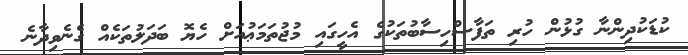
ކުޑަކުދިންނާ ގުޅުން ހުރި ތަފާސްހިސާބުތަކުގެ އެހީގައި މުޖުތަމަޢުއަށް ހެޔޮ ބަދަލުތަކެއް ގެނެވިދާނެ